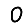
Digit: 0